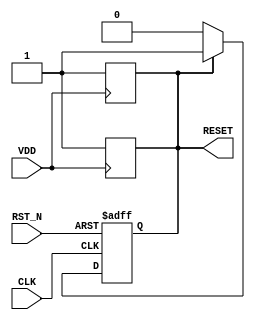
module PowerOnReset (
    input wire VDD,      // Power supply voltage
    input wire CLK,      // Clock signal
    input wire RST_N,    // Active low reset signal
    output reg RESET     // Active high reset signal
);

    // Parameters for timing
    parameter PWR_ON_DELAY = 100000; // Power-On Reset delay in clock cycles
    reg [21:0] counter;                // Counter for delay
    reg power_on;                      // Indicates if power is applied
    reg reset_active;                  // Indicates if the reset is currently active

    // Initial values
    initial begin
        RESET = 1'b1; // Assert RESET at power-up
        counter = 0;
        power_on = 1'b0;
        reset_active = 1'b1;
    end

    // Detect rising edge of VDD (power on)
    always @(posedge VDD) begin
        power_on <= 1'b1; // Power is applied
        RESET <= 1'b1;    // Assert RESET
        counter <= 0;     // Reset counter
        reset_active <= 1'b1; // Reset is active
    end

    // Reset state machine
    always @(posedge CLK or negedge RST_N) begin
        if (!RST_N) begin
            RESET <= 1'b1; // If manual reset is asserted, keep RESET high
            reset_active <= 1'b1; // Reset is active
            counter <= 0; // Reset counter
        end else if (reset_active) begin
            if (counter < PWR_ON_DELAY) begin
                counter <= counter + 1; // Increment counter during reset
            end else begin
                RESET <= 1'b0; // Deassert RESET after delay
                reset_active <= 1'b0; // Reset is no longer active
            end
        end
    end

    // Monitor VDD to handle power fluctuations
    always @(negedge VDD) begin
        RESET <= 1'b1; // Assert RESET if power goes low
        reset_active <= 1'b1; // Reset is active
        counter <= 0; // Reset counter
    end

endmodule